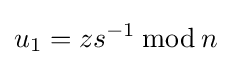
u_{1}=zs^{-1}\,{\bmod {\,}}n